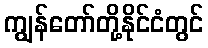
ကျွန်တော်တို့နိုင်ငံတွင်